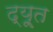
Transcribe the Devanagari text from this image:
द्यू्त